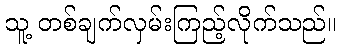
သူ့ တစ်ချက်လှမ်းကြည့်လိုက်သည်။